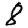
Digit: 8